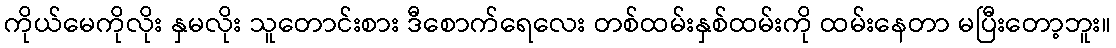
ကိုယ်မေကိုလိုး နှမလိုး သူတောင်းစား ဒီစောက်ရေလေး တစ်ထမ်းနှစ်ထမ်းကို ထမ်းနေတာ မပြီးတော့ဘူး။